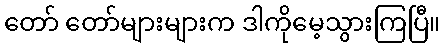
တော် တော်များများက ဒါကိုမေ့သွားကြပြီ။